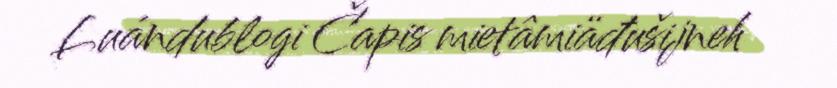
Luándublogi Čapis mietâmiäđušijneh